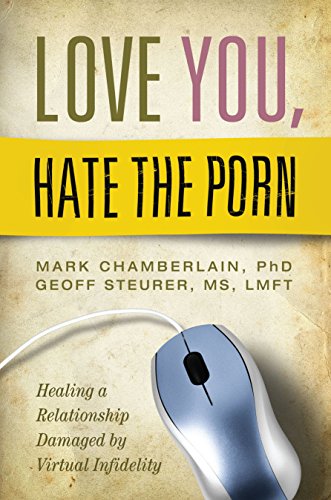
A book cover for Love You, Hate the Porn: Healing a Relationship Damaged by Virtual Infidelity; Mark Chamberlain; Health, Fitness & Dieting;